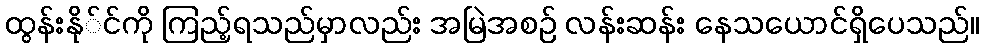
ထွန်းနို်င်ကို ကြည့်ရသည်မှာလည်း အမြဲအစဉ် လန်းဆန်း နေသယောင်ရှိပေသည်။